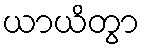
ယာယိတွာ